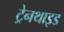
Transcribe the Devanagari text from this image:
ट्रेनथाइड